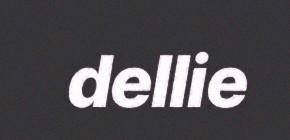
dellie